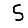
Digit: 5